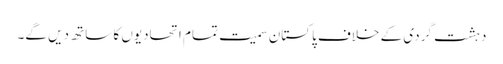
دہشت گردی کے خلاف پاکستان سمیت تمام اتحادیوں کا ساتھ دیں گے۔